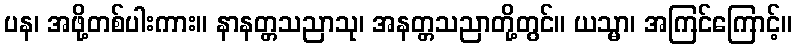
ပန၊ အဖို့တစ်ပါးကား။ နာနတ္တသညာသု၊ အနတ္တသညာတို့တွင်။ ယသ္မာ၊ အကြင်ကြောင့်။